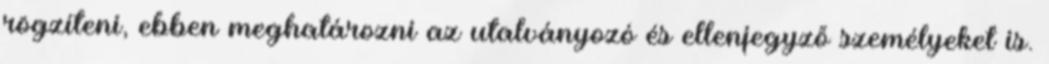
rögzíteni, ebben meghatározni az utalványozó és ellenjegyző személyeket is.